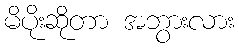
မိပိုးဆိုတာ အဘွားလား